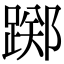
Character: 踯